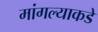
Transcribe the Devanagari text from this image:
मांगल्याकडे